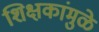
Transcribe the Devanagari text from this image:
शिक्षकांमुळे